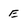
Character: E